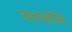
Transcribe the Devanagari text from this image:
शतपटीने